Lunatic asylums Central Provinces reports 1895-1909 - 1895-1909
Year: 1895
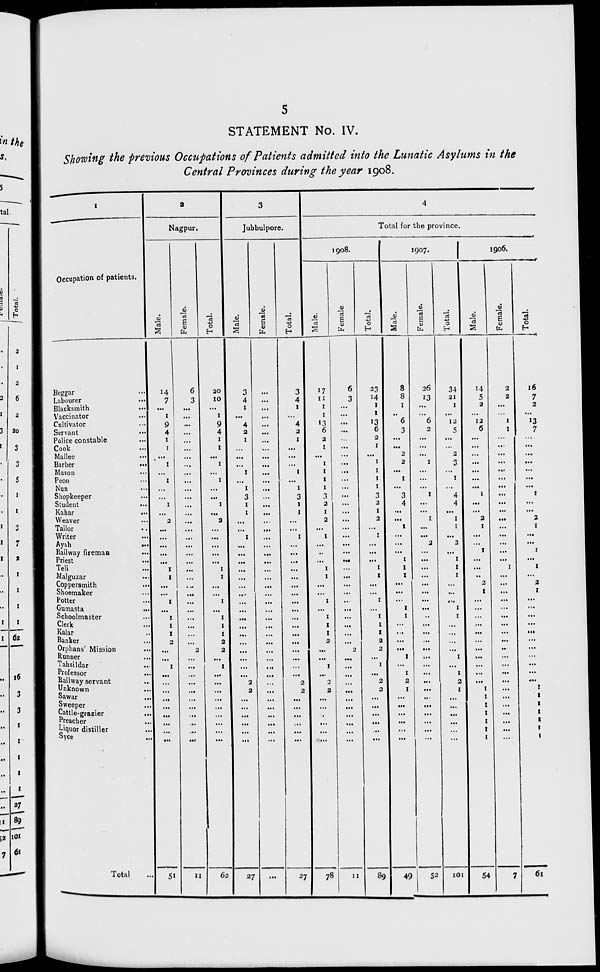
5
STATEMENT No. IV.
Showing the previous Occupations of Patients admitted into the Lunatic Asylums in the
Central Provinces during the year 1908.
1
Occupation of patients.
Beggar ...
Labourer ...
Blacksmith
...
Vaccinator ...
Cultivator ...
Servant
...
Police constable ...
Cook ...
Mallee ...
Barber
...
Mason ...
Peon ...
Nun ...
Shopkeeper ...
Student ...
Kahar
...
Weaver ...
Tailor ...
Writer ...
Ayah
...
Railway fireman ...
Priest ...
Teli ...
Malguzar ...
Coppersmith ...
Shoemaker ...
Potter ...
Gumasta ...
Schoolmaster ...
Clerk ...
Kalar ...
Banker ...
Orphans' Mission ...
Runner ...
Tahsildar ...
Professor ...
Railway servant ...
Unknown ...
Sawar ...
Sweeper ...
Cattle-grazier ...
Preacher ...
Liquor distiller ...
Syce ...
Total ...
2
Nagpur.
Male.
14
7
...
1
9
4
1
1
...
1
...
1
...
...
1
...
2
...
...
...
...
...
1
1
...
...
1
...
1
1
1
2
...
...
1
...
...
...
...
...
...
...
...
...
51
Female.
6
3
...
...
...
...
...
...
...
...
...
...
...
...
...
...
...
...
...
...
...
...
...
...
...
...
...
...
...
...
...
...
2
...
...
...
...
...
...
...
...
...
...
...
11
Total.
20
10
...
1
9
4
1
1
...
1
...
1
...
...
1
...
2
...
...
...
...
...
1
1
...
...
1
...
1
1
1
2
2
...
1
...
...
...
...
...
...
...
...
...
62
3
Jubbulpore.
Male.
3
4
1
...
4
2
1
...
...
...
1
...
1
3
1
1
...
...
1
...
...
...
...
...
...
...
...
...
...
...
...
...
...
...
...
...
2
2
...
...
...
...
...
...
27
Female.
...
...
...
...
...
...
...
...
...
...
...
...
...
...
...
...
...
...
...
...
...
...
...
...
...
...
...
...
...
...
...
...
...
...
...
...
...
...
...
...
...
...
...
...
...
Total.
3
4
1
...
4
2
1
...
...
...
1
...
1
3
1
1
...
...
1
...
...
...
...
...
...
...
...
...
...
...
...
...
...
...
...
...
2
2
...
...
...
...
...
...
27
4
Total for the province.
1908.
Male.
17
11
1
1
13
6
2
1
...
1
1
1
1
3
2
1
2
...
1
...
...
...
1
1
...
...
1
...
1
1
1
2
...
...
1
1
2
2
...
...
...
...
...
...
78
Female.
6
3
...
...
...
...
...
...
...
...
...
...
...
...
...
...
...
...
...
...
...
...
...
...
...
...
...
...
...
...
...
...
2
...
...
...
...
...
...
...
...
...
...
...
11
Total.
23
14
1
1
13
6
2
1
...
1
1
1
1
3
2
1
2
...
1
...
...
...
1
1
...
...
1
...
1
1
1
2
2
...
1
...
2
2
...
...
...
...
...
...
89
1907.
Male.
8
8
1
...
6
3
...
...
2
2
...
1
...
3
4
...
...
1
...
...
...
1
1
1
...
...
...
1
1
...
...
...
...
1
...
1
2
1
...
...
...
...
...
...
49
Female.
26
13
...
...
6
2
...
...
...
1
...
...
...
1
...
...
1
...
...
2
...
...
...
...
...
...
...
...
...
...
...
...
...
...
...
...
...
...
...
...
...
...
...
...
52
Total.
34
21
1
...
12
5
...
...
2
3
...
1
...
4
4
...
1
1
...
2
...
1
1
1
...
...
...
1
1
...
...
...
...
1
...
1
2
1
...
...
...
...
...
101
1906.
Male.
14
5
2
...
12
6
...
...
...
...
...
...
...
1
...
...
2
1
...
...
1
...
...
...
2
1
...
...
...
...
...
...
...
...
...
...
...
1
1
1
1
1
1
1
54
Female.
2
2
...
...
1
1
...
...
...
...
...
...
...
...
...
...
...
...
...
...
...
...
1
...
...
...
...
...
...
...
...
...
...
...
...
...
...
...
...
...
...
...
...
...
7
Total.
16
7
2
...
13
7
...
...
...
...
...
...
...
1
...
...
2
1
...
...
1
...
1
...
2
1
...
...
...
...
...
...
...
...
...
...
...
1
1
1
1
1
1
1
61